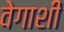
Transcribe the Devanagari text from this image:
वेगाशी